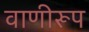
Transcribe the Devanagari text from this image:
वाणीरूप